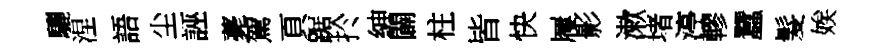
驪涅語尘誣薧駕頁踞扵紳闢柱皆快屨影漱堵渟轇蠶髮娭